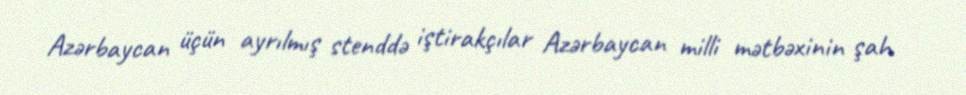
Azərbaycan üçün ayrılmış stenddə iştirakçılar Azərbaycan milli mətbəxinin şah